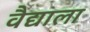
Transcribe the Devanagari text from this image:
वैद्याला